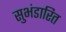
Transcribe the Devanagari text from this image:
सुभंडारित